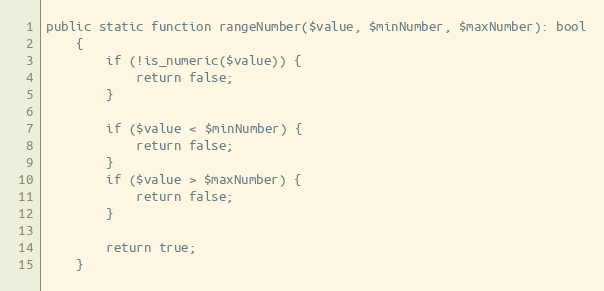
Language: PHP
public static function rangeNumber($value, $minNumber, $maxNumber): bool
    {
        if (!is_numeric($value)) {
            return false;
        }

        if ($value < $minNumber) {
            return false;
        }
        if ($value > $maxNumber) {
            return false;
        }

        return true;
    }